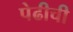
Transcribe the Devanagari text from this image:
पेढीची